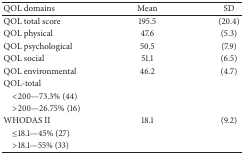
<table><thead><tr><td><b>QOL domains</b></td><td><b>Mean</b></td><td><b>SD</b></td></tr></thead><tbody><tr><td>QOL total score</td><td>195.5</td><td>(20.4)</td></tr><tr><td>QOL physical</td><td>47.6</td><td>(5.3)</td></tr><tr><td>QOL psychological</td><td>50.5</td><td>(7.9)</td></tr><tr><td>QOL social </td><td>51.1</td><td>(6.5)</td></tr><tr><td>QOL environmental </td><td>46.2</td><td>(4.7)</td></tr><tr><td>QOL-total </td><td>[EMPTY_CELL]</td><td>[EMPTY_CELL]</td></tr><tr><td> &lt;200—73.3% (44)</td><td>[EMPTY_CELL]</td><td>[EMPTY_CELL]</td></tr><tr><td> &gt;200—26.75% (16)</td><td>[EMPTY_CELL]</td><td>[EMPTY_CELL]</td></tr><tr><td>WHODAS II </td><td>18.1</td><td>(9.2)</td></tr><tr><td> ≤18.1—45% (27)</td><td>[EMPTY_CELL]</td><td>[EMPTY_CELL]</td></tr><tr><td> &gt;18.1—55% (33)</td><td>[EMPTY_CELL]</td><td>[EMPTY_CELL]</td></tr></tbody></table>